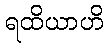
ရထိယာဟိ